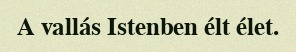
A vallás Istenben élt élet.